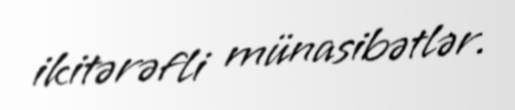
ikitərəfli münasibətlər.